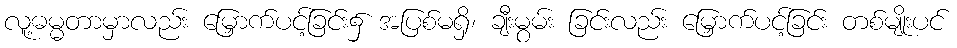
လူ့ဓမ္မတာမှာလည်း မြှောက်ပင့်ခြင်း၌ အပြစ်မရှိ၊ ချီးမွမ်း ခြင်းလည်း မြှောက်ပင့်ခြင်း တစ်မျိုးပင်